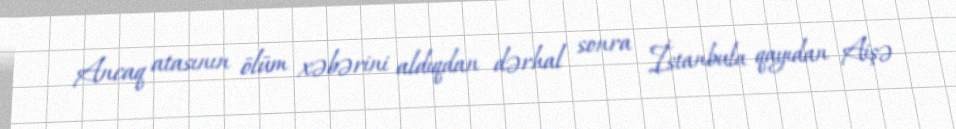
Ancaq atasının ölüm xəbərini aldıqdan dərhal sonra İstanbula qayıdan Aişə